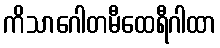
ကိသာဂေါတမီထေရီဂါထာ